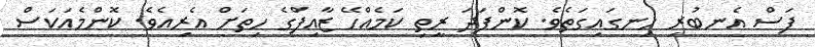
ފަސް އެނބުރި ހިނގައިގަތެވެ. ކޮންފަދަ ރީތި ކަމެއްހޭ ޒާއިފްގެ ހިތަށް އެރިއެވެ. ކޮންމެއަކަސް